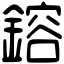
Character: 鎔